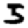
Digit: 5